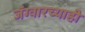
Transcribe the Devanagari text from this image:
जॅग्वारच्याही